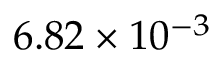
6 . 8 2 \times 1 0 ^ { - 3 }